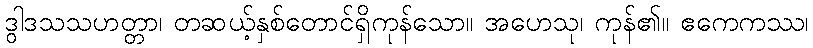
ဒွါဒသသဟတ္တာ၊ တဆယ့်နှစ်တောင်ရှိကုန်သော။ အဟေသု၊ ကုန်၏။ ဧကေကဿ၊